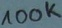
Text: 100K